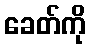
ခေတ်ကို